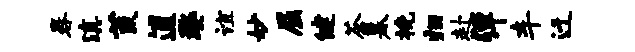
晷滇荒逋婺谊妙屈健茶暮挽归赴弹车迁